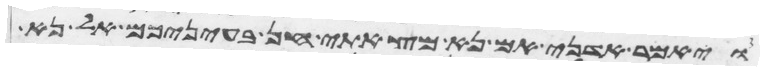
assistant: ויאמר אדני אם נא מצאתי חן בעיניכם אל נא